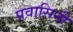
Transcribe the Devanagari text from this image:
प्रवासिनी